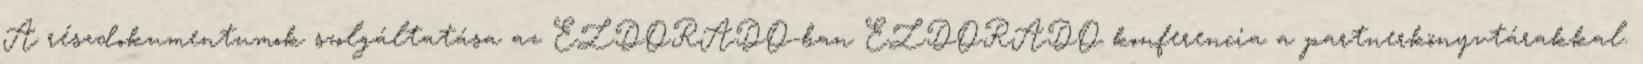
A részdokumentumok szolgáltatása az ELDORADO-ban ELDORADO konferencia a partnerkönyvtárakkal.